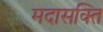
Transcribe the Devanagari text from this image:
मदासक्ति